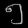
Digit: ၅